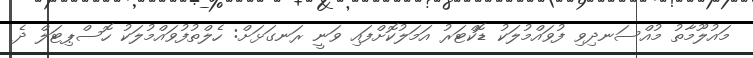
މައުލޫމާތު މުއްސަނދިވި ފުވައްމުލަކު ޑޮކްޓަރު އަމަލުކޮށްފައި ވަނީ ރަނގަޅަށް: ހެލްތުފުވައްމުލަކު ހޮސްޕިޓަލް ދެ